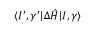
\langle I ^ { \prime } , \gamma ^ { \prime } | \Delta \hat { H } | I , \gamma \rangle